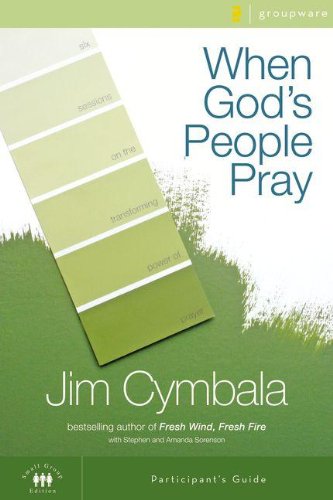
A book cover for When God's People Pray Participant's Guide with DVD: Six Sessions on the Transforming Power of Prayer; Jim Cymbala; Christian Books & Bibles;